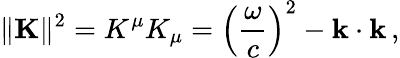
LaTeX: \| \mathbf{K}\| ^{2}=K^{\mu}K_{\mu}=\left({\frac{\omega}{c}}\right)^{2}-\mathbf{k}\cdot\mathbf{k}\, ,